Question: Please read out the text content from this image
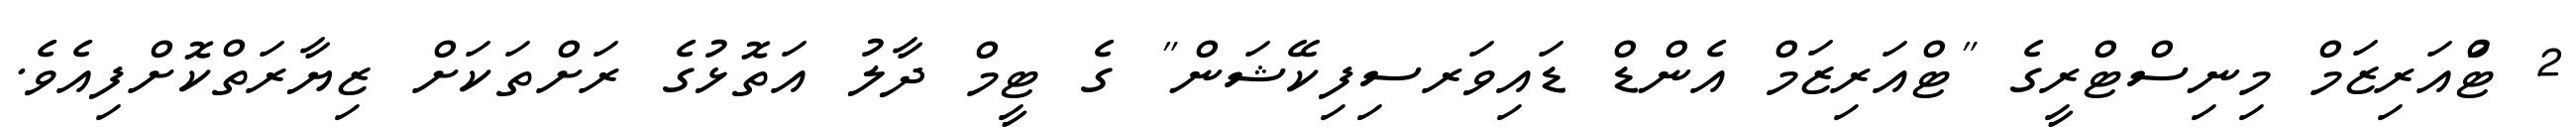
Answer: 2 ޓްުއަރިޒަމް މިނިސްޓްރީގެ "ޓްއަރިޒަމް އެންޑް ޑައިވަރސިފިކޭޝަން" ގެ ޓީމް ދާލު އަތޮޅުގެ ރަށްތަކަށް ޒިޔާރަތްކޮށްފިއެވެ.